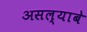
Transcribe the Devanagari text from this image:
असल्याबे